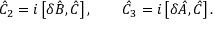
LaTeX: { \hat { C } } _ { 2 } = i \left[ \delta { \hat { B } } , { \hat { C } } \right] , \qquad { \hat { C } } _ { 3 } = i \left[ \delta { \hat { A } } , { \hat { C } } \right] .